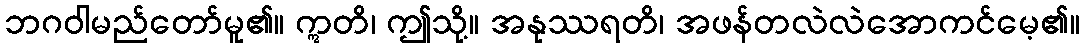
ဘဂဝါမည်တော်မူ၏။ ဣတိ၊ ဤသို့။ အနုဿရတိ၊ အဖန်တလဲလဲအောကင်မေ့၏။